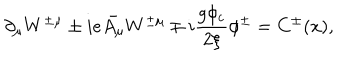
\partial _ { \mu } W ^ { \pm \mu } \pm i e \bar { A _ { \mu } } W ^ { \pm \mu } \mp i \frac { g \phi _ { c } } { 2 \xi } \phi ^ { \pm } = C ^ { \pm } ( x ) ,